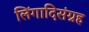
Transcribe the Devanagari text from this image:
लिंगादिसंग्रह